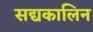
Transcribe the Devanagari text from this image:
सद्यकालिन